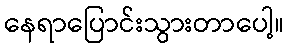
နေရာပြောင်းသွားတာပေါ့။